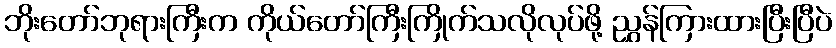
ဘိုးတော်ဘုရားကြီးက ကိုယ်တော်ကြီးကြိုက်သလိုလုပ်ဖို့ ညွှန်ကြားထားပြီးပြီပဲ